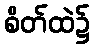
စိတ်ထဲ၌